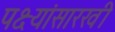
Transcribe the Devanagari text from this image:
पक्ष्यांसारखी